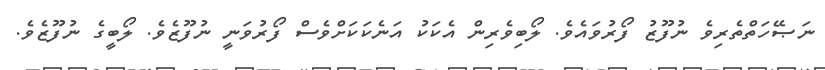
ނަޞޭހަތްތެރިވެ ނުފޫޒު ފޯރުވައެވެ. ލޯބިވެރިން އެކަކު އަނެކަކަށްވެސް ފޯރުވަނީ ނުފޫޒެވެ. ލޯބީގެ ނުފޫޒެވެ.